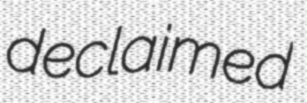
declaimed